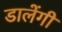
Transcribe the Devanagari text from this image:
डालेंगी